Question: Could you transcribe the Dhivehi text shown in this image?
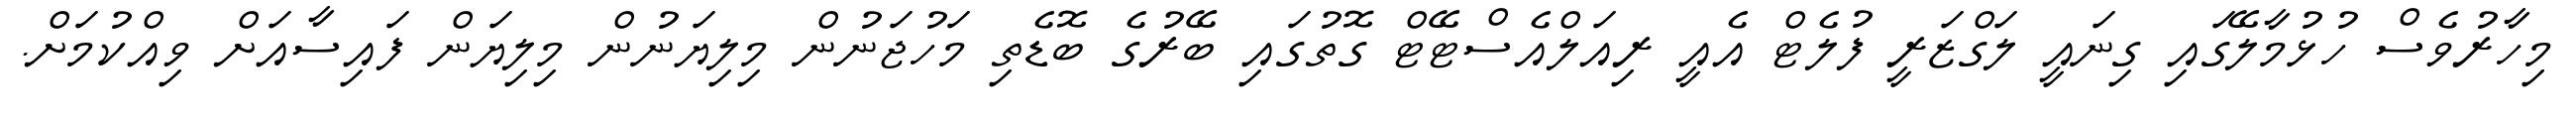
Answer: މިހާރުވެސް ހުޅުމާލޭގައި ގިނައީ ލަގްޒަރީ ފުލެޓް އެއީ ރިއަލްއެސްޓޭޓް ގޮތުގައި ބޭރުގެ ބޮޑެތި މަހުޖަނުން މިލިޔަނުން މިލިޔަން ފައިސާއަށް ވިއްކުމަށް.